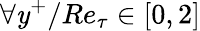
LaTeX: \forall\mathit{y}^{+}/Re_{\tau}\in[0,2]